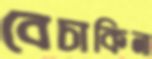
বেচাকিনা